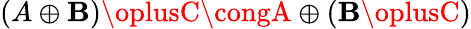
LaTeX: (A\oplus\mathbf{B})\oplusC\congA\oplus(\mathbf{B}\oplusC)